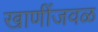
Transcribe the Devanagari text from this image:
खाणींजवळ